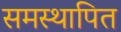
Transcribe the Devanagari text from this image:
समस्थापित